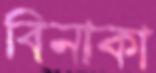
বিনাকা